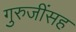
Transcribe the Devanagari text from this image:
गुरुजींसह